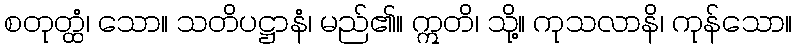
စတုတ္ထံ၊ သော။ သတိပဋ္ဌာနံ၊ မည်၏။ ဣတိ၊ သို့။ ကုသလာနိ၊ ကုန်သော။